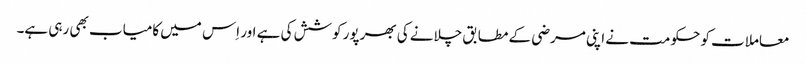
معاملات کو حکومت نے اپنی مرضی کے مطابق چلانے کی بھرپور کوشش کی ہے اور اِس میں کامیاب بھی رہی ہے۔